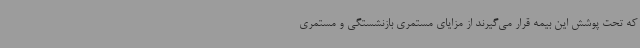
که تحت پوشش این بیمه قرار می‌گیرند از مزایای مستمری بازنشستگی و مستمری